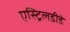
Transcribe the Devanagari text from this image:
एस्ट्रिलडीडे